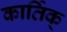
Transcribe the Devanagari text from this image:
कार्तिक्